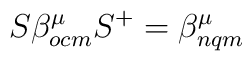
S \beta^{\mu}_{ocm} S^{+} = \beta^{\mu}_{nqm}